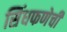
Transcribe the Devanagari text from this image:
सिंधफणेची